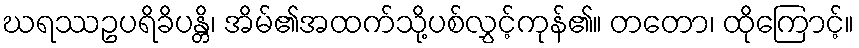
ဃရဿဥပရိခိပန္တိ၊ အိမ်၏အထက်သို့ပစ်လွှင့်ကုန်၏။ တတော၊ ထိုကြောင့်။